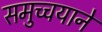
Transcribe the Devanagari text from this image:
समुच्चयाने